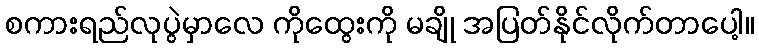
စကားရည်လုပွဲမှာလေ ကိုထွေးကို မချို အပြတ်နိုင်လိုက်တာပေါ့။